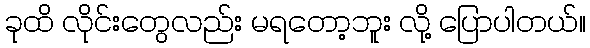
ခုထိ လိုင်းတွေလည်း မရတော့ဘူး လို့ ပြောပါတယ်။